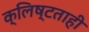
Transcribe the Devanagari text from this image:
क्लिष्टताही